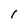
Character: I